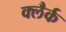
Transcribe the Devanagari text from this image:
क्लैर्क